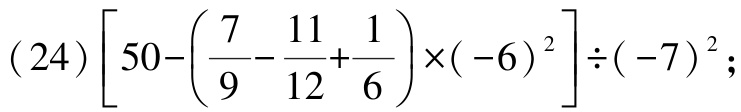
\((24)\left[50 - \left(\frac{7}{9} - \frac{11}{12} + \frac{1}{6}\right)\times(-6)^{2}\right]\div(-7)^{2};\)